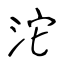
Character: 沱